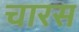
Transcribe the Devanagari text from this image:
चारस